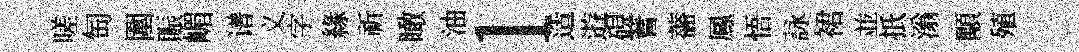
嗟匋圍賑嵋谱义字緣祈瞰油l造逰硯蓍薔鳳悟詠裙並扺滃顒殖